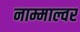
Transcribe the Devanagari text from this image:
नाम्माल्वर